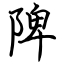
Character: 陴